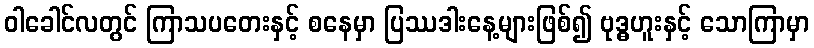
ဝါခေါင်လတွင် ကြာသပတေးနှင့် စနေမှာ ပြဿဒါးနေ့များဖြစ်၍ ဗုဒ္ဓဟူးနှင့် သောကြာမှာ